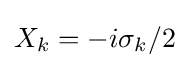
X_{k}=-i\sigma _{k}/2